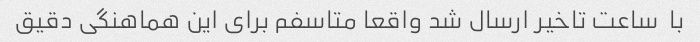
با  ساعت تاخیر ارسال شد واقعا متاسفم برای این هماهنگی دقیق